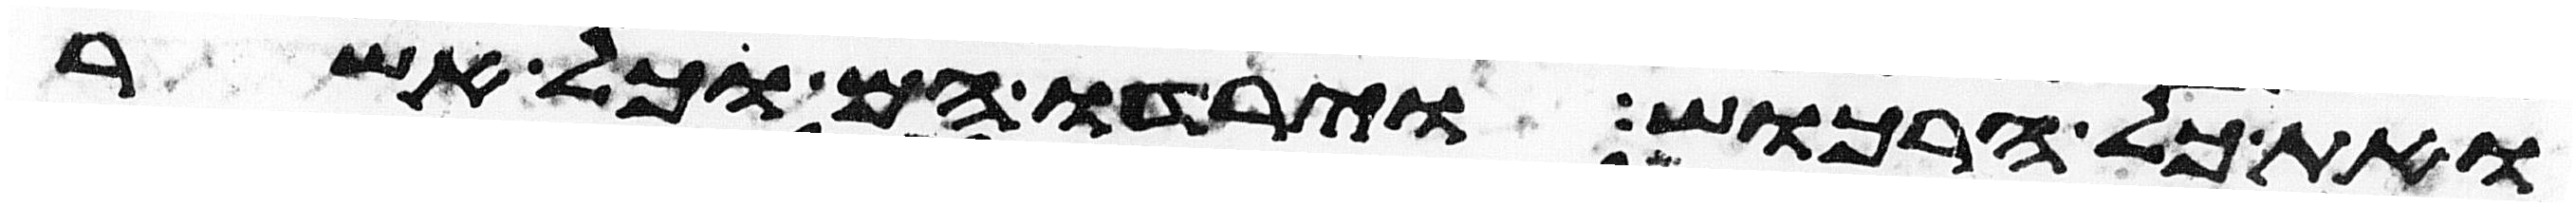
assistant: ואת כל הרכוש וירדו הם וכל אשר